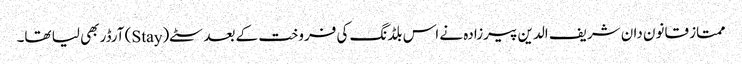
ممتاز قانون دان شریف الدین پیرزادہ نے اس بلڈنگ کی فروخت کے بعد سٹے(Stay) آرڈر بھی لیا تھا۔